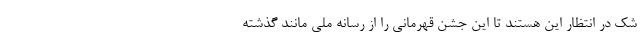
شک در انتظار این هستند تا این جشن قهرمانی را از رسانه ملی مانند گذشته